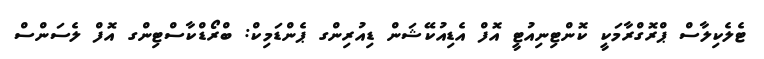
ޓެލެކިލާސް ޕްރޮގްރާމަކީ ކޮންޓިނިއުޓީ އޮފް އެޑިއުކޭޝަން ޑިއުރިންގ ޕެންޑަމިކް: ބްރޯޑްކާސްޓިންގ އޮފް ލެސަންސް